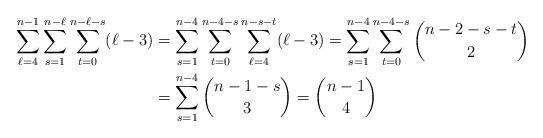
LaTeX: \begin{align*}\sum_{\ell=4}^{n-1}\sum_{s=1}^{n-\ell}\sum_{t=0}^{n-\ell-s}(\ell-3)&=\sum_{s=1}^{n-4}\sum_{t=0}^{n-4-s}\sum_{\ell=4}^{n-s-t}(\ell-3)=\sum_{s=1}^{n-4}\sum_{t=0}^{n-4-s}\binom{n-2-s-t}{2}\\&=\sum_{s=1}^{n-4}\binom{n-1-s}{3}=\binom{n-1}{4}\end{align*}